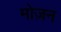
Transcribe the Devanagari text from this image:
मोज़न